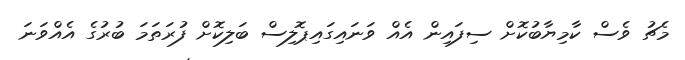
މެޗު ވެސް ކާމިޔާބުކޮށް ސިފައިން އެއް ވަނައިގައިޕޮލިސް ބަލިކޮށް ފުރަތަމަ ބުރުގެ އެއްވަނަ